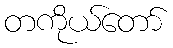
တကိုယ်တော်